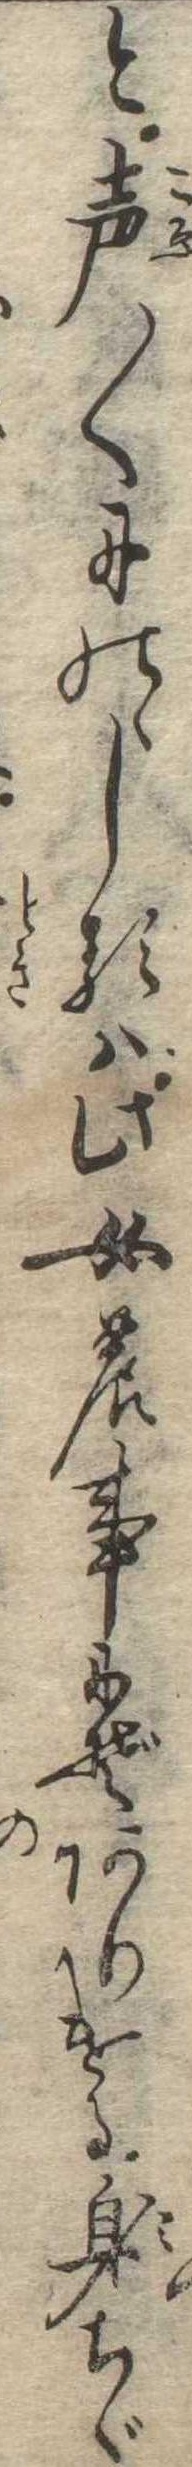
と声〱にのゝしるは此女の事にぞありける身ちゞ